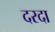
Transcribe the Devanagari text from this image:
दरदा